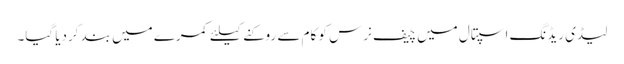
لیڈی ریڈنگ اسپتال میں چیف نرس کو کام سے روکنے کیلئے کمرے میں بند کردیا گیا۔